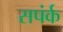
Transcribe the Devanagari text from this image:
सपंर्क